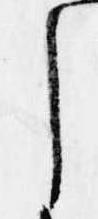
し